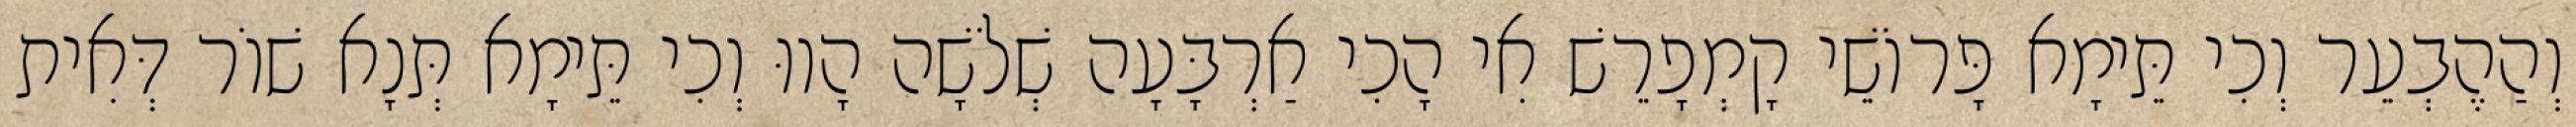
וְהַהֶבְעֵר וְכִי תֵּימָא פָּרוֹשֵׁי קָמְפָרֵשׁ אִי הָכִי אַרְבָּעָה שְׁלֹשָׁה הָווּ וְכִי תֵּימָא תְּנָא שׁוֹר דְּאִית